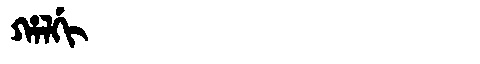
Manchu: ᡥᠠᠯᡤᡳ
Romanization: HALGI